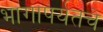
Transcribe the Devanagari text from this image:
भागापर्यतचे